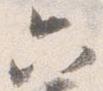
六